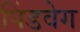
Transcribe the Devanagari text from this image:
पिंडवेग